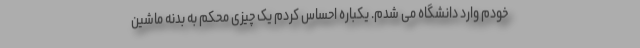
خودم وارد دانشگاه می شدم. یکباره احساس کردم یک چیزی محکم به بدنه ماشین